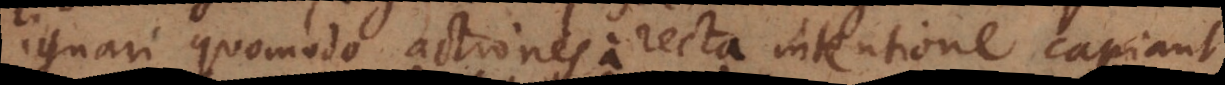
ignari quomodo actiones a recta intentione capiant